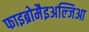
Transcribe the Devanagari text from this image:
फाइब्रोमैइअल्जिआ